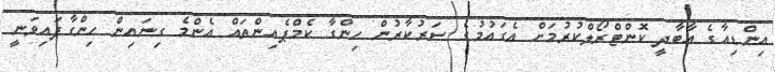
އިންޑިއާގެ އާބާދީ ކޮންޓްރޯލްކުރުމަށް އެގައުމުގެ ސަރުކާރުން ހިންގާ ކެމްޕެއިންތައް އެންމެ ގިނައިން ހިންގާފައިވަނީ